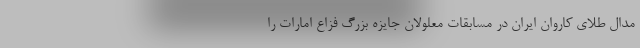
مدال طلای کاروان ایران در مسابقات معلولان جایزه بزرگ فزاع امارات را